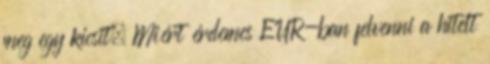
meg egy kicsit. Miért érdemes EUR-ban felvenni a hitelt